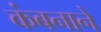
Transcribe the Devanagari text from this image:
कंबनाने